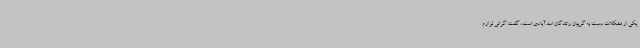
یکی از مشکلات دست به گریبان رانندگان اسدآبادی است، گفت: گرانی لوازم